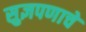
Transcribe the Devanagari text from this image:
सुज्ञपणाचे